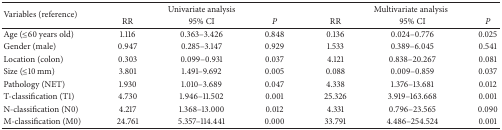
| <ROWSPAN=2> Variables (reference) | <COLSPAN=3> Univariate analysis | <COLSPAN=3> Multivariate analysis |
 | RR | 95% CI | P | RR | 95% CI | P |
 | --- | --- | --- | --- | --- | --- | --- |
 | Age (≤60 years old) | 1.116 | 0.363–3.426 | 0.848 | 0.136 | 0.024–0.776 | 0.025 |
 | Gender (male) | 0.947 | 0.285–3.147 | 0.929 | 1.533 | 0.389–6.045 | 0.541 |
 | Location (colon) | 0.303 | 0.099–0.931 | 0.037 | 4.121 | 0.838–20.267 | 0.081 |
 | Size (≤10 mm) | 3.801 | 1.491–9.692 | 0.005 | 0.088 | 0.009–0.859 | 0.037 |
 | Pathology (NET) | 1.930 | 1.010–3.689 | 0.047 | 4.338 | 1.376–13.681 | 0.012 |
 | T-classification (T1) | 4.730 | 1.946–11.502 | 0.001 | 25.326 | 3.919–163.668 | 0.001 |
 | N-classification (N0) | 4.217 | 1.368–13.000 | 0.012 | 4.331 | 0.796–23.565 | 0.090 |
 | M-classification (M0) | 24.761 | 5.357–114.441 | 0.000 | 33.791 | 4.486–254.524 | 0.001 |